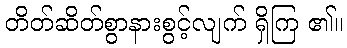
တိတ်ဆိတ်စွာနားစွင့်လျက် ရှိကြ ၏။